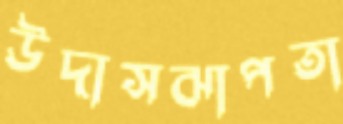
উদাসঝাপতা